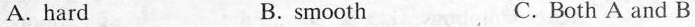
A. hard B. smooth C. Both A and B